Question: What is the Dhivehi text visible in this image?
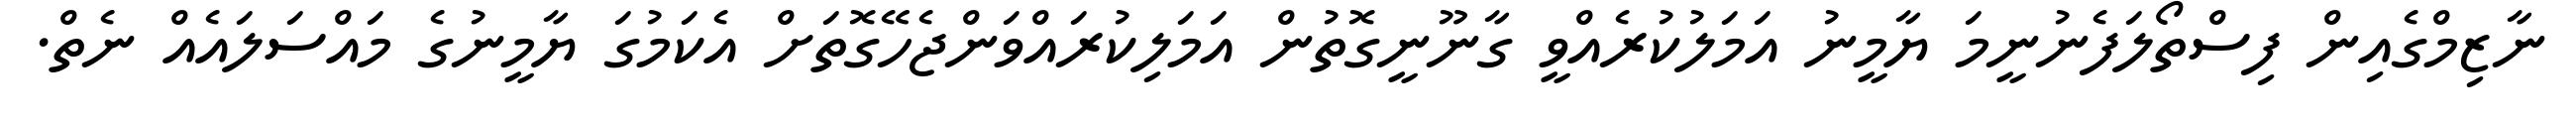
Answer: ނާޒިމްގެއިން ފިސްތޯލަފެނުނީމަ ޔާމީނު އަމަލުކުރެއްވީ ގާނޫނީގޮތުން އަމަލިކުރައްވަންޖެހޭގޮތަށް އެކަމުގަ ޔާމީނުގެ މައްސަލައެއް ނެތް.